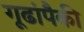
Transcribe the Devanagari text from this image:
गूढांपैकी